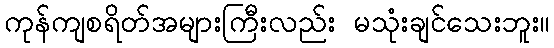
ကုန်ကျစရိတ်အများကြီးလည်း မသုံးချင်သေးဘူး။